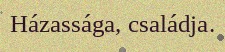
Házassága, családja.